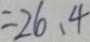
= 2 6 . 4